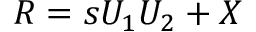
R = s U _ { 1 } U _ { 2 } + X